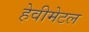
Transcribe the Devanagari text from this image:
हेवीमेटल